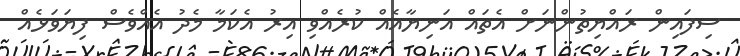
ސިފައިން ރައްޔިތުންނަށް އެތައް އަނިޔާއެއް ކުރެއްވި އިރު އެކަމާ މެދު އެއްވެސް ފިޔަވަޅެއް